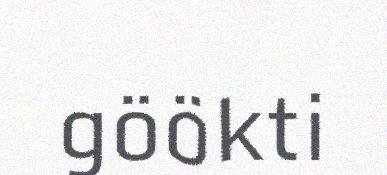
göökti